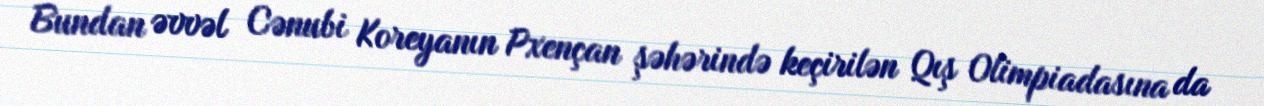
Bundan əvvəl Cənubi Koreyanın Pxençan şəhərində keçirilən Qış Olimpiadasına da